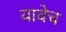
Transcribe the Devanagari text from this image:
यावेच